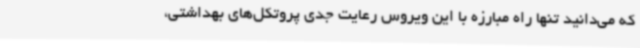
که می‌دانید تنها راه مبارزه با این ویروس رعایت جدی پروتکل‌های بهداشتی،